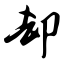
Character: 却